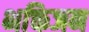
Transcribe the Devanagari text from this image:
भक्तिजन